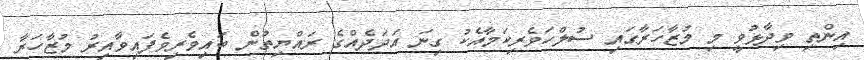
އިންތި ވިދާޅުވީ މި މުޒާހަރާގައި ސުލްހަވެރިކަމާއެކު ގިނަ އަދަދެއްގެ ރައްޔިތުން ބައިވެރިވެފައިވާއިރު މުޒާހަރާ